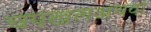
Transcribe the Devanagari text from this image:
चपखलअथवा